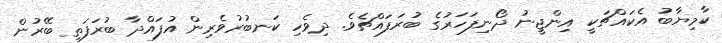
ކާމިޔާބު އެކައްޗަކީ އިންޖީނު ދޯނިފަހަރުގެ ބުރަފައްޗެވެ. ދިވެހި ކަނބުރުވެރިން އުފައްދާ ބުރަފަތި ބޭރުން